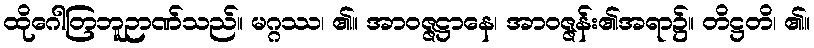
ထိုဂေါတြဘူဉာဏ်သည်။ မဂ္ဂဿ၊ ၏။ အာဝဇ္ဇဋ္ဌာနေ၊ အာဝဇ္ဇန်း၏အရာ၌။ တိဋ္ဌတိ၊ ၏။